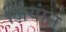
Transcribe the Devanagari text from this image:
ज़ियांन